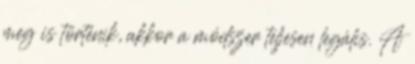
meg is történik, akkor a módszer teljesen legális. A